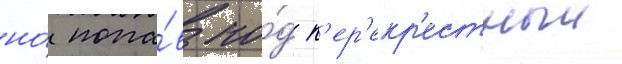
но́ попа́в по́д п'ер'екр'естныи